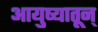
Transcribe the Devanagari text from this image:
आयुष्यातून्